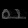
Digit: ၈